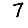
Digit: 7